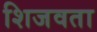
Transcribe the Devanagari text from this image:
शिजवता